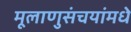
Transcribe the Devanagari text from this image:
मूलाणुसंचयांमधे